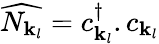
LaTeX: {\widehat{N_{{\mathbf{k}}_{l}}}}=c_{{\mathbf{k}}_{l}}^{\dagger}.c_{{\mathbf{k}}_{l}}